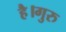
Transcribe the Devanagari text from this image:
है।गुरु